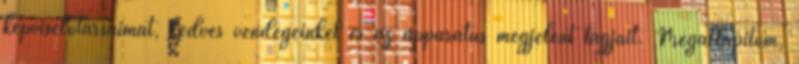
képviselőtársaimat, kedves vendégeinket és az apparátus megjelent tagjait. Megállapítom,